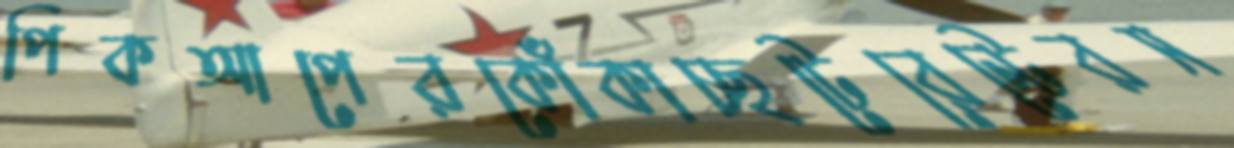
পিকআপেরকোঁকাচ্ছটেরেন্টেরস